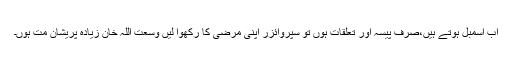
اب اسمبل ہوتے ہیں،صرف پیسہ اور تعلقات ہوں تو سپروائزر اپنی مرضی کا رکھوا لیں وسعت اللہ خان زیادہ پریشان مت ہوں۔